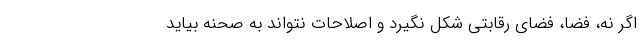
اگر نه، فضا، فضای رقابتی شکل نگیرد و اصلاحات نتواند به صحنه بیاید